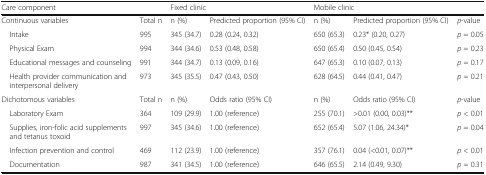
<table><thead><tr><td><b>Care component</b></td><td></td><td colspan="2"><b>Fixed clinic</b></td><td colspan="2"><b>Mobile clinic</b></td><td></td></tr></thead><tbody><tr><td>Continuous variables</td><td>Total n</td><td>n (%)</td><td>Predicted proportion (95% CI)</td><td>n (%)</td><td>Predicted proportion (95% CI)</td><td><i>p</i>-value</td></tr><tr><td> Intake</td><td>995</td><td>345 (34.7)</td><td>0.28 (0.24, 0.32)</td><td>650 (65.3)</td><td>0.23* (0.20, 0.27)</td><td><i>p</i> = 0.05</td></tr><tr><td> Physical Exam</td><td>994</td><td>344 (34.6)</td><td>0.53 (0.48, 0.58)</td><td>650 (65.4)</td><td>0.50 (0.45, 0.54)</td><td><i>p</i> = 0.23</td></tr><tr><td> Educational messages and counseling</td><td>991</td><td>344 (34.7)</td><td>0.13 (0.09, 0.16)</td><td>647 (65.3)</td><td>0.10 (0.07, 0.13)</td><td><i>p</i> = 0.17</td></tr><tr><td> Health provider communication and interpersonal delivery</td><td>973</td><td>345 (35.5)</td><td>0.47 (0.43, 0.50)</td><td>628 (64.5)</td><td>0.44 (0.41, 0.47)</td><td><i>p</i> = 0.21</td></tr><tr><td>Dichotomous variables</td><td>Total n</td><td>n (%)</td><td>Odds ratio (95% CI)</td><td>n (%)</td><td>Odds ratio (95% CI)</td><td><i>p</i>-value</td></tr><tr><td> Laboratory Exam</td><td>364</td><td>109 (29.9)</td><td>1.00 (reference)</td><td>255 (70.1)</td><td>&gt;0.01 (0.00, 0.03)**</td><td><i>p</i> &lt; 0.01</td></tr><tr><td> Supplies, iron-folic acid supplements and tetanus toxoid</td><td>997</td><td>345 (34.6)</td><td>1.00 (reference)</td><td>652 (65.4)</td><td>5.07 (1.06, 24.34)*</td><td><i>p</i> = 0.04</td></tr><tr><td> Infection prevention and control</td><td>469</td><td>112 (23.9)</td><td>1.00 (reference)</td><td>357 (76.1)</td><td>0.04 (&lt;0.01, 0.07)**</td><td><i>p</i> &lt; 0.01</td></tr><tr><td> Documentation</td><td>987</td><td>341 (34.5)</td><td>1.00 (reference)</td><td>646 (65.5)</td><td>2.14 (0.49, 9.30)</td><td><i>p</i> = 0.31</td></tr></tbody></table>